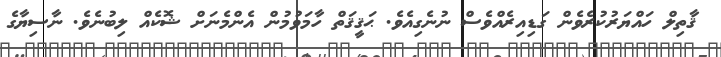
ޤާތިލް ހައްޔަރުކުރެވެން ގަޑިއިރެއްވެސް ނުނެގިއެވެ. ޙަޤީޤަތް ހާމަވުމުން އެންމެނަށް ޝޮކެއް ލިބުނެވެ. ނާސިޔާގެ